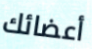
أعضائك